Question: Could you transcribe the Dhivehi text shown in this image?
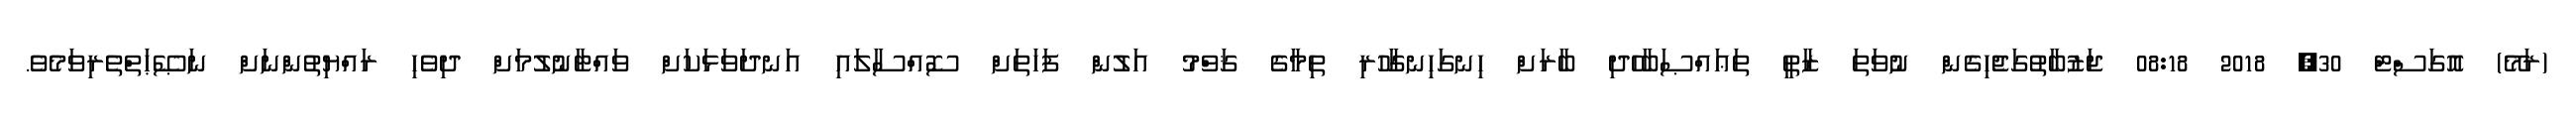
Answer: (ރަމޭ) އޮގަސްޓް 30, 2018 08:18 ޖަޒުބާތުގަޖެހިގެން ނުވަތަ ޒާތީ ތަޢައްޞަބާހެދި ބާރަށް ހިނގަހިނގާހުރި ތިމާގެ ޤަވްމު އަލުން ފަހަތަށް ސޮއްސާލައި އަނދަވަޅަކަށް ވައްޓާނުލުމަށް ދިވެހި ރައްޔިތުންނަށް ނަޞޭޙަތްތެރިވަމެވެ.